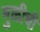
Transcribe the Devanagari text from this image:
मुळीची